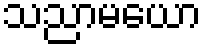
သညာမယော